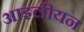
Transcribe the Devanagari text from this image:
आइलीयन